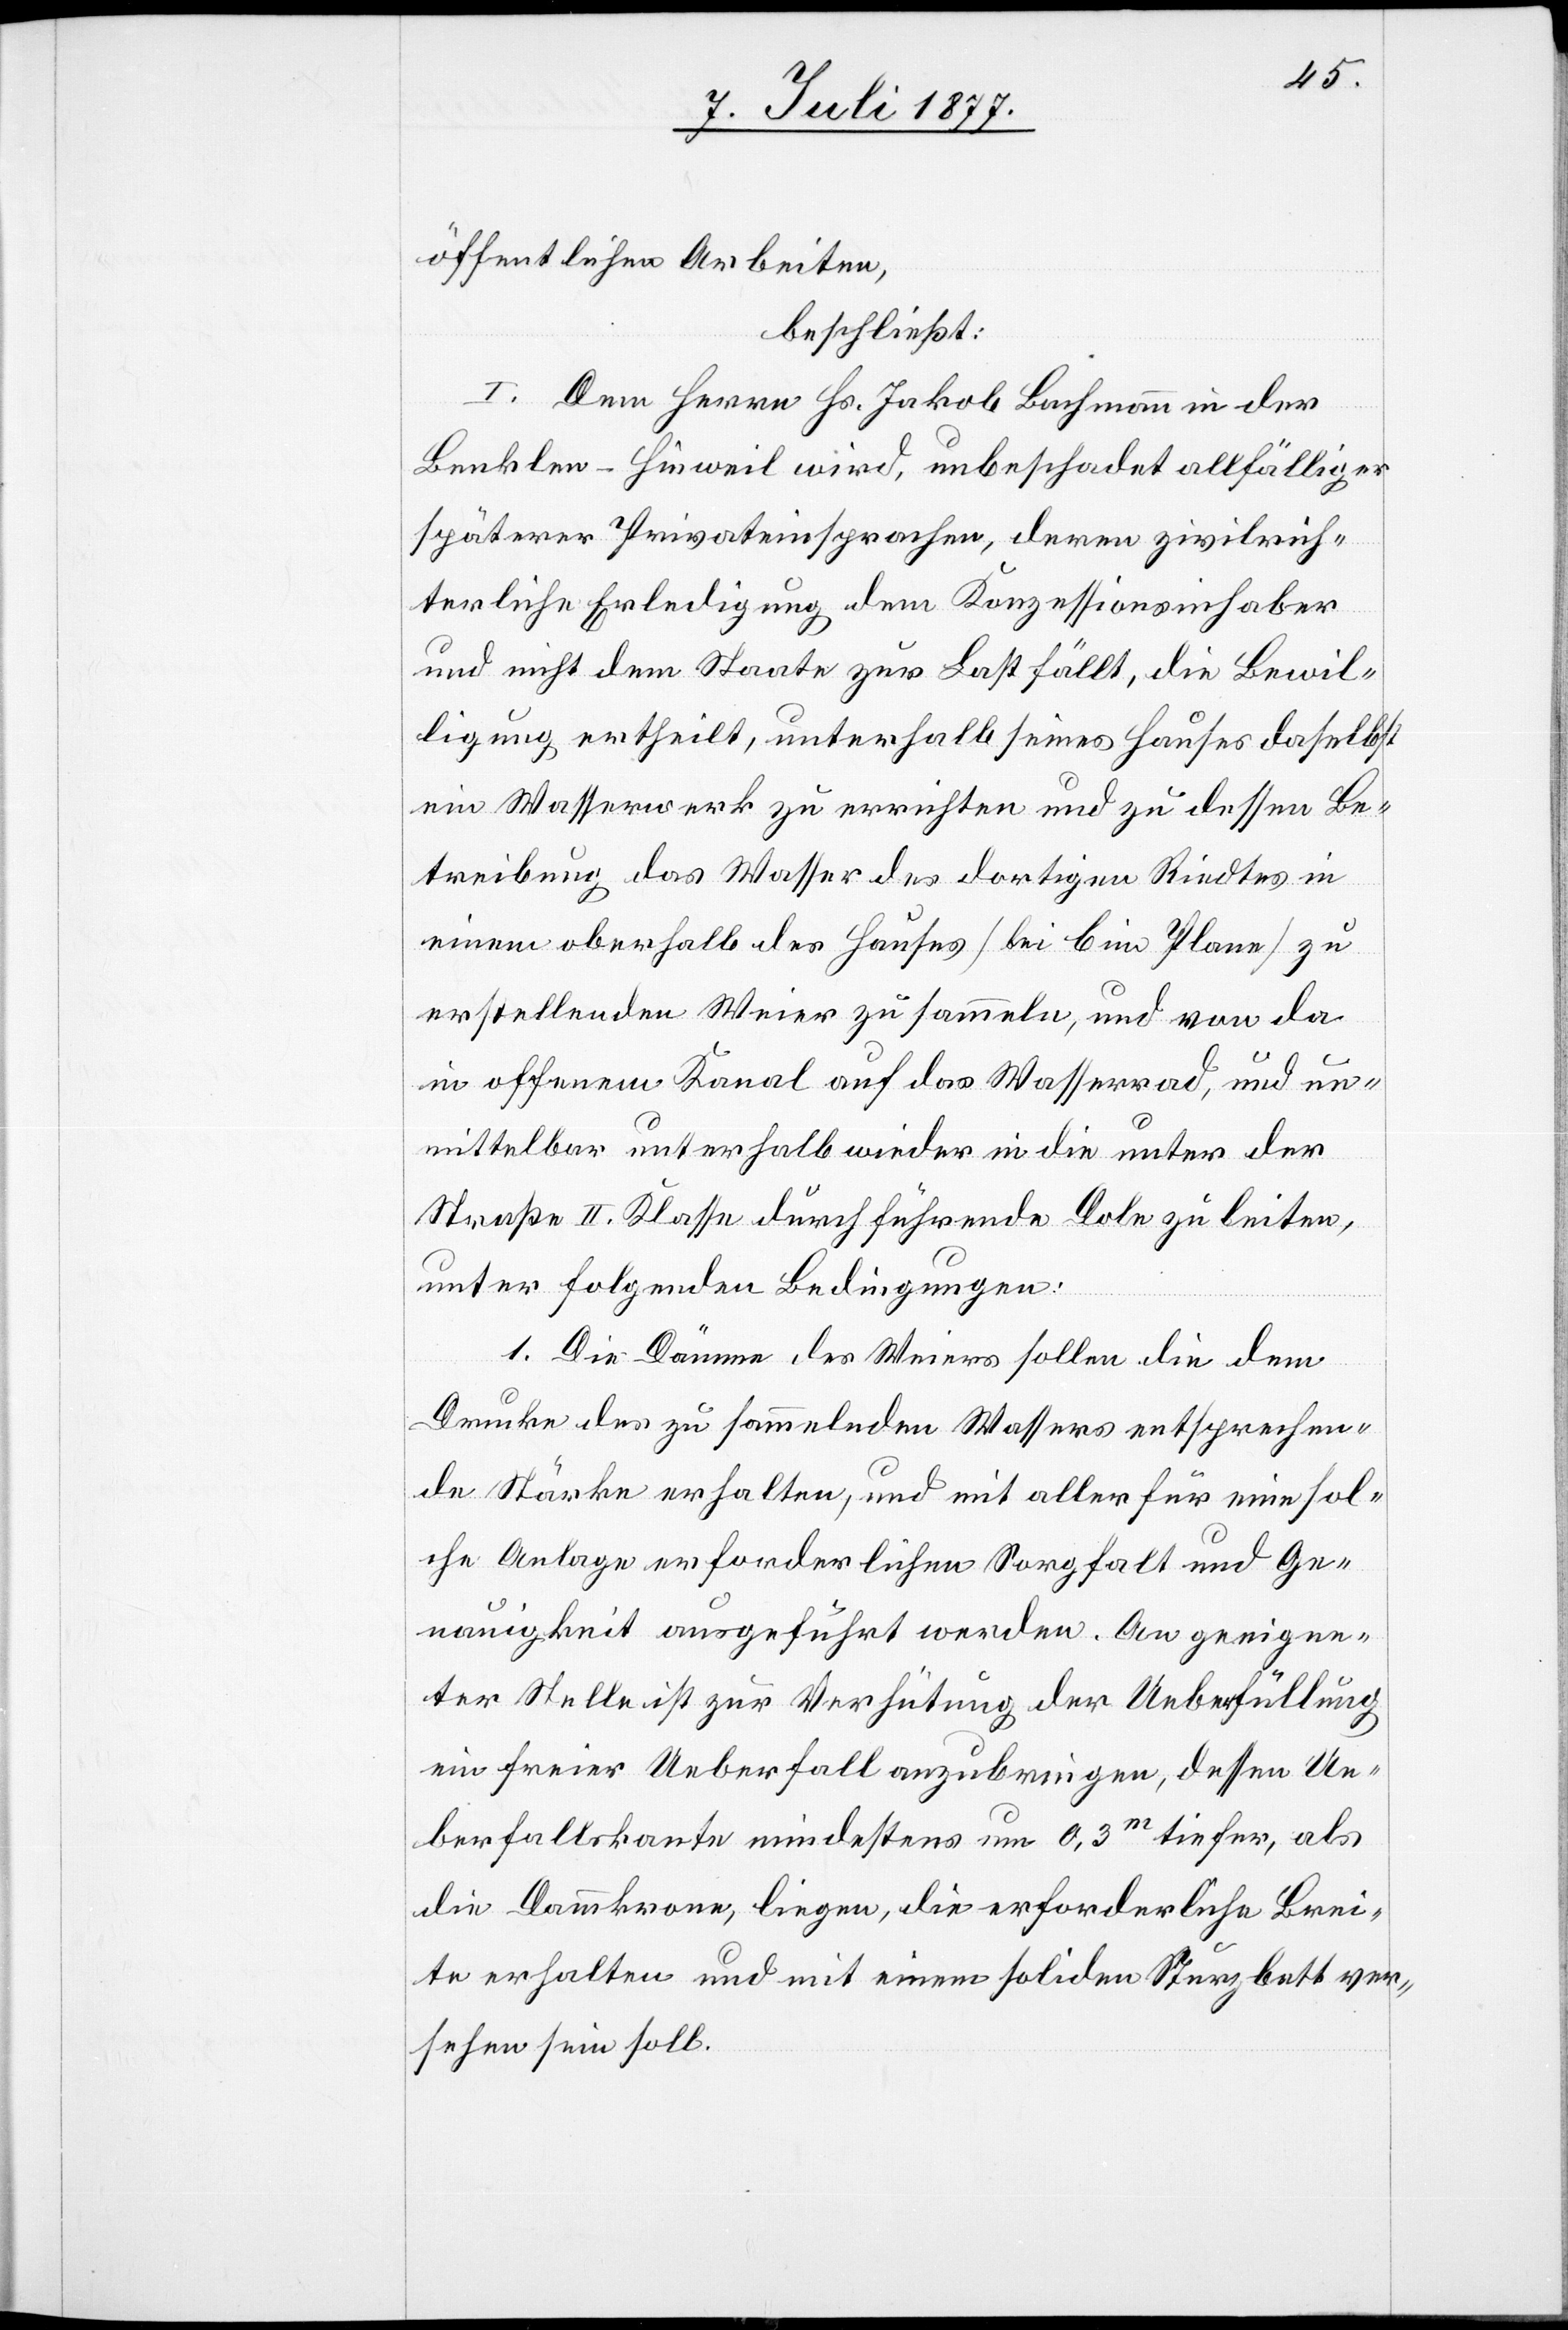
öffentlichen Arbeiten,
beschließt:
I. Dem Herrn Hs. Jakob Bachmann in der
Benklen - Hinweil wird, unbeschadet allfälliger
späterer Privateinsprachen, deren zivilrich¬
terliche Erledigung dem Konzessionsinhaber
und nicht dem Staate zur Last fällt, die Bewil¬
ligung ertheilt, unterhalb seines Hauses daselbst
ein Wasserwerk zu errichten und zu dessen Be¬
treibung das Wasser des dortigen Riedtes in
einem oberhalb des Hauses [bei b im Plane] zu
erstellenden Weier zu sammeln, und von da
in offenem Kanal auf das Wasserrad, und un¬
mittelbar unterhalb wieder in die unter der
Straße II. Klasse durch führende Dole zu leiten,
unter folgenden Bedingungen:
1. Die Dämme des Weiers sollen die dem
Drucke des zu sammelnden Wassers entsprechen¬
de Stärke erhalten, und mit aller für eine sol¬
che Anlage erforderlichen Sorgfalt und Ge¬
nauigkeit ausgeführt werden. An geeigne¬
ter Stelle ist zur Verhütung der Ueberfüllung
ein freier Ueberfall anzubringen, dessen Ue¬
berfallskante mindestens um 0,3m tiefer, als
die Dammkrone, liegen, die erforderliche Brei¬
te erhalten und mit einem soliden Sturzbett ver¬
sehen sein soll.